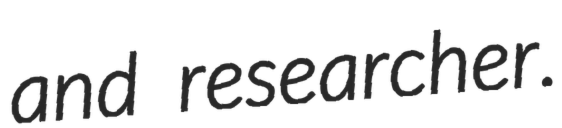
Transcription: and researcher.